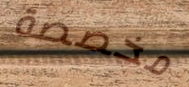
مخصصة